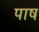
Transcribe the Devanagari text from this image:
पाष